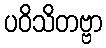
ပဝိသိတဗ္ဗာ